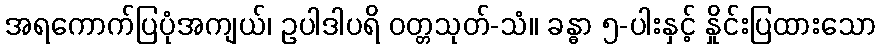
အရကောက်ပြပုံအကျယ်၊ ဥပါဒါပရိ ဝတ္တသုတ်-သံ။ ခန္ဓာ ၅-ပါးနှင့် နှိုင်းပြထားသော